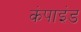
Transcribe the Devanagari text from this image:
कंपाइंड